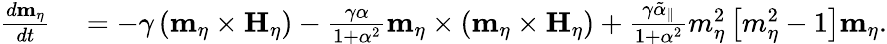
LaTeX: \begin{array}{rl}{\frac{d\mathbf{m}_{\eta}}{dt}}&{{}=-\gamma\left(\mathbf{m}_{\eta}\times\mathbf{H}_{\eta}\right)-\frac{\gamma\alpha}{1+\alpha^{2}}\mathbf{m}_{\eta}\times\left(\mathbf{m}_{\eta}\times\mathbf{H}_{\eta}\right)+\frac{\gamma\tilde{\alpha}_{\parallel}}{1+\alpha^{2}}m_{\eta}^{2}\left[m_{\eta}^{2}-1\right]\mathbf{m}_{\eta}.}\end{array}